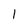
Character: 1